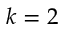
k = 2